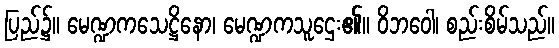
ပြည်၌။ မေဏ္ဍကသေဋ္ဌိနော၊ မေဏ္ဍကသူဌေး၏။ ဝိဘဝေါ၊ စည်းစိမ်သည်။